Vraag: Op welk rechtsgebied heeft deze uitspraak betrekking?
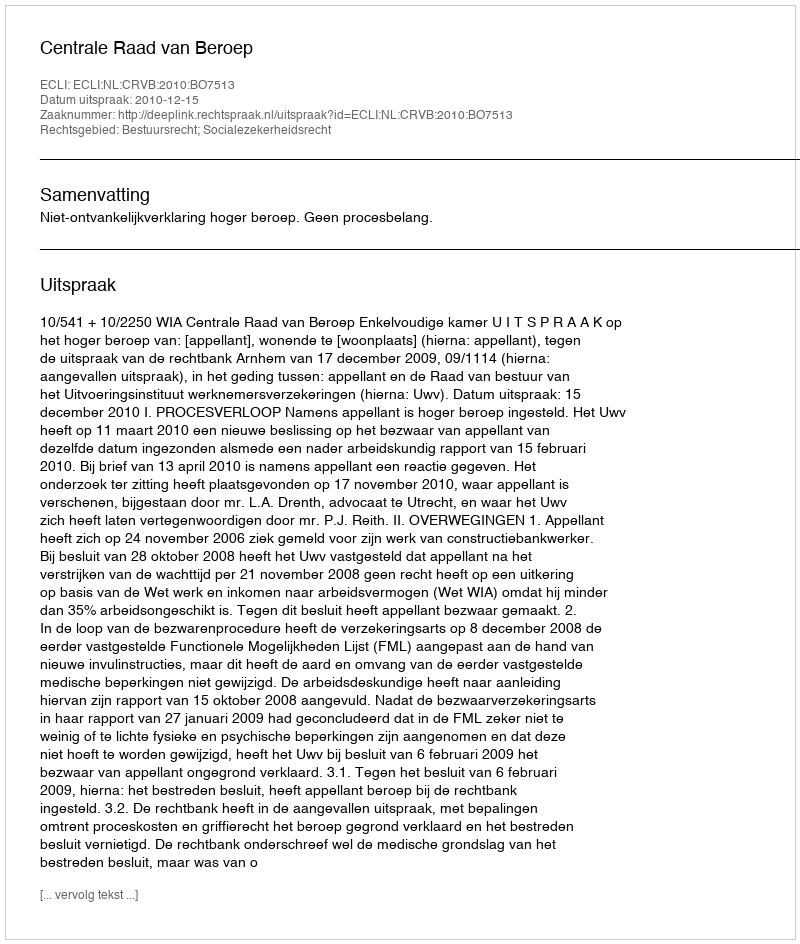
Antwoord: Bestuursrecht; Socialezekerheidsrecht